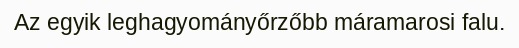
Az egyik leghagyományőrzőbb máramarosi falu.